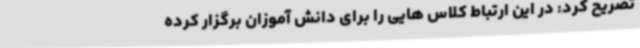
تصریح کرد: در این ارتباط کلاس هایی را برای دانش آموزان برگزار کرده